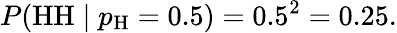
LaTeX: P({\mathrm{HH}}\mid p_{\mathrm{H}}=0.5)=0.5^{2}=0.25.